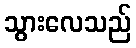
သွားလေသည်